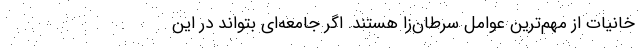
خانیات از مهم‌ترین عوامل سرطان‌زا هستند. اگر جامعه‌ای بتواند در این